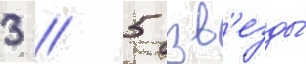
3 / 5 зв'езды́